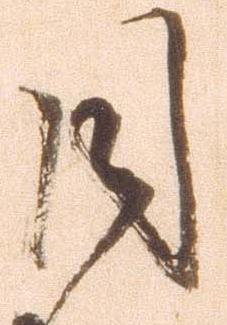
目